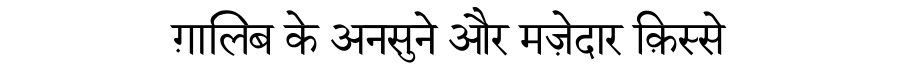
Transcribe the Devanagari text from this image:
ग़ालिब के अनसुने और मज़ेदार क़िस्से